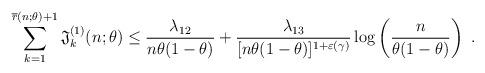
LaTeX: \begin{align*} \sum_{k=1}^{\overline{r}(n;\theta) + 1} \mathfrak{J}_k^{(1)}(n;\theta) \leq \frac{\lambda_{12}}{n\theta(1-\theta)} + \frac{\lambda_{13}}{[n\theta(1-\theta)]^{1+\varepsilon(\gamma)}} \log\left(\frac{n}{\theta(1-\theta)}\right)\ .\end{align*}